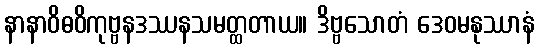
နာနာဝိဓဝိကုဗ္ဗနဒဿနသမတ္ထတာယ။ ဒိဗ္ဗသောတံ ဒေဝမနုဿာနံ